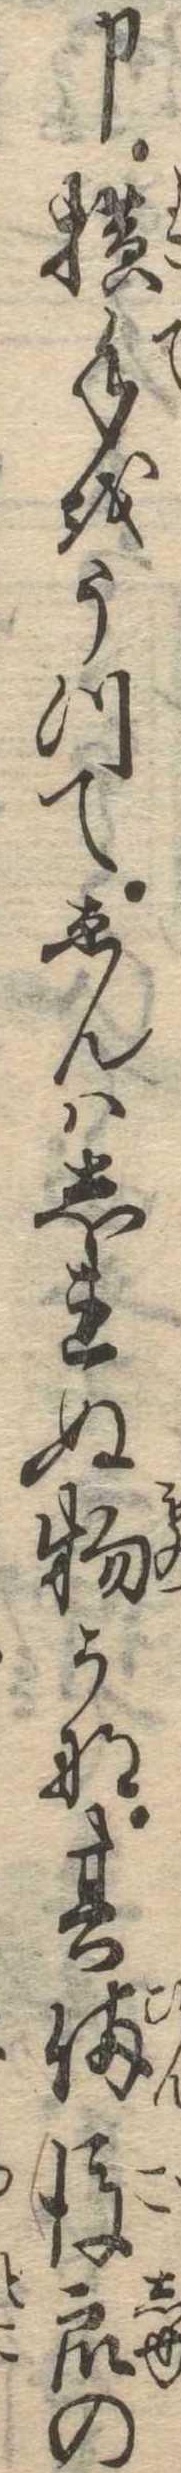
申横手をうつてゑんはしれぬ物かな其備後衆の